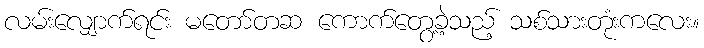
လမ်းလျှောက်ရင်း မတော်တဆ ကောက်တွေ့ခဲ့သည့် သစ်သားတုံးကလေး။